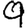
Digit: 9